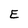
Character: E